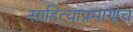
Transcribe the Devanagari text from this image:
साहित्याप्रमाणेच